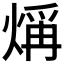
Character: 𤌁